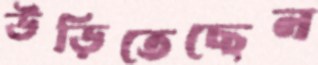
উড়িতেছেন